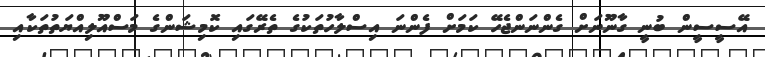
އޭސީސީން ބުނީ ގާނޫނަށް ގެންނަންޖެހޭ ކަމަށް ފެންނަ އިސްލާހުތަކުގެ ތެރޭގައި ކޮމިޝަންގެ މަސްއޫލިއްޔަތުތަކާއި